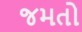
જમતો